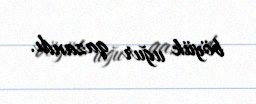
böyük uğur qazandı.